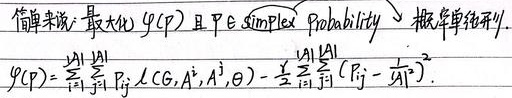
简单来说: 最大化 $\varphi(p)$ 且 $p \in \text{Simplex Probability}$ $\to$ 概率单纯形.
\[
\varphi(p)=\sum_{i = 1}^{|A|}\sum_{j = 1}^{|A|} p_{ij} L(CG, A^{i}, A^{j}, \theta)-\frac{\lambda}{2}\sum_{i = 1}^{|A|}\sum_{j = 1}^{|A|}(p_{ij}-\frac{1}{|A|})^{2}.
\]